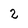
Character: 2